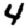
Digit: 4